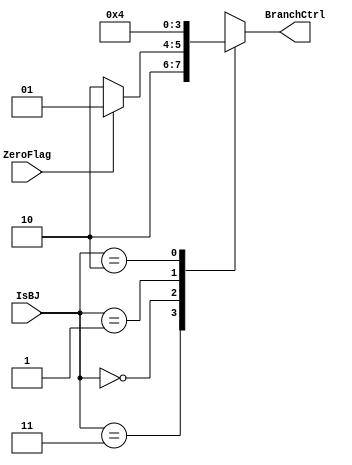

module Branch_Ctrl(
    input           ZeroFlag,
    input     [1:0] IsBJ,
    output reg[1:0] BranchCtrl
        );

//parameter for BranchCtrl
parameter [1:0] ALU_OUT  = 2'b00,
                PC_IMM   = 2'b01,
                PC_4     = 2'b10;
                
//parameter for IsBJ
parameter [1:0] ISB      = 2'b00,
                ISJ      = 2'b01,
                ISJR     = 2'b10,
                NOBJ     = 2'b11;
always@(*)begin
    case(IsBJ)
        NOBJ: BranchCtrl = PC_4;
        ISB : begin
            if(ZeroFlag)begin
                BranchCtrl = PC_IMM;
            end
            else begin
                BranchCtrl = PC_4;
            end
        end
        ISJ : BranchCtrl = PC_IMM;
        ISJR: BranchCtrl = ALU_OUT;
    endcase
end



endmodule